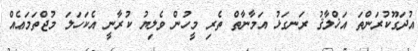
އުދަގޫކުރަންތަ އަޚްލާޤު ރަނގަޅު އަމާނާތް ތެރި މީހުން ވެލިޔު ކުރާނީ އެކަހަލަ މުޖްތަމަޢެއް